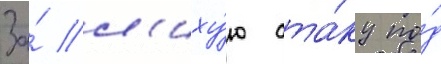
За́ л'иху́ю ата́ку по́д